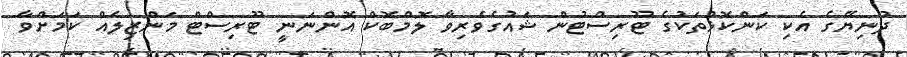
ދުނިޔޭގެ އެކި ކަންކޮޅުތަކުގެ ޓޫރިސްޓުން ޝައުގެވެރިވާ ލޮމްބޮކް އޮންނަނީ ޓޫރިސްޓް މަންޒިލެއް ކަމަށްވާ